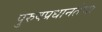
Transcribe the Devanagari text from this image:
पुरुषप्रधानतेचा